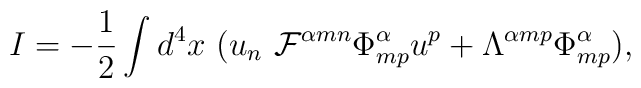
I= -\frac{1}{2}\int d^4x \ (u_n \ {\cal F}^{\alpha mn}{\Phi}^{\alpha}_{mp}u^p + {\Lambda}^{\alpha mp}{\Phi}^{\alpha}_{mp}),